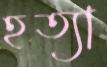
হত্যা